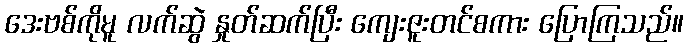
ဒေးဗစ်ကိုမူ လက်ဆွဲ နှုတ်ဆက်ပြီး ကျေးဇူးတင်စကား ပြောကြသည်။